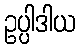
ဥပ္ပါဒါယ